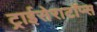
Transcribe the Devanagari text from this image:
ट्राईसेराटॉप्स